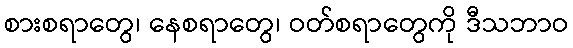
စားစရာတွေ၊ နေစရာတွေ၊ ဝတ်စရာတွေကို ဒီသဘာဝ